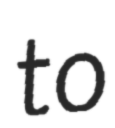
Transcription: to